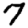
Digit: 7